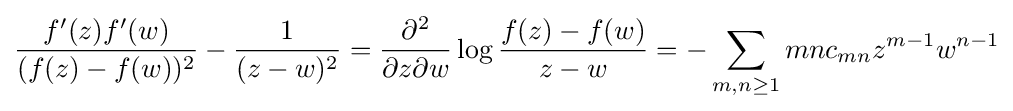
{f'(z)f'(w) \over (f(z)-f(w))^{2}}-{1 \over (z-w)^{2}}={\partial ^{2} \over \partial z\partial w}\log {f(z)-f(w) \over z-w}=-\sum _{m,n\geq 1}mnc_{mn}z^{m-1}w^{n-1}